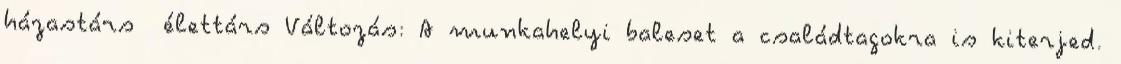
házastárs élettárs Változás: A munkahelyi baleset a családtagokra is kiterjed.